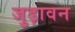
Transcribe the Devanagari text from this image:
जुड़ावन